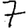
Digit: 7